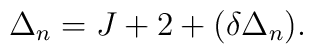
\Delta_n=J+2+(\delta \Delta_n).